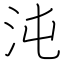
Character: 沌